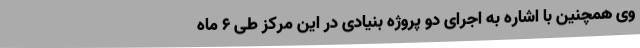
وی همچنین با اشاره به اجرای دو پروژه بنیادی در این مرکز طی 6 ماه